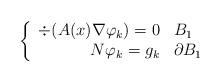
LaTeX: \begin{align*}\left\{\begin{array}{rl}\div(A(x) \nabla \varphi_k) = 0 & B_1\\N \varphi_k = g_k & \partial B_1\end{array}\right.\end{align*}